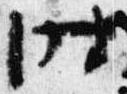
時